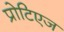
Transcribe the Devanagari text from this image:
प्रोटिएज